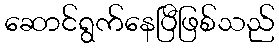
ဆောင်ရွက်နေပြီဖြစ်သည်